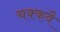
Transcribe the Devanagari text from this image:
चक्‍कवै